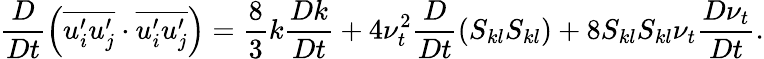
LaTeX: \frac{D}{Dt}\left(\overline{{u_{i}^{\prime}u_{j}^{\prime}}}\cdot\overline{{u_{i}^{\prime}u_{j}^{\prime}}}\right)=\frac{8}{3}k\frac{Dk}{Dt}+4\nu_{t}^{2}\frac{D}{Dt}\left(S_{kl}S_{kl}\right)+8S_{kl}S_{kl}\nu_{t}\frac{D\nu_{t}}{Dt}.